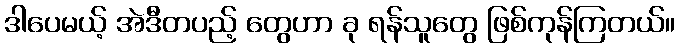
ဒါပေမယ့် အဲဒီတပည့် တွေဟာ ခု ရန်သူတွေ ဖြစ်ကုန်ကြတယ်။